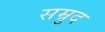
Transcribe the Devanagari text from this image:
सम्रुद